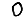
Digit: 0